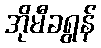
အိုမီခရွန်